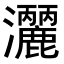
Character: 𭳺